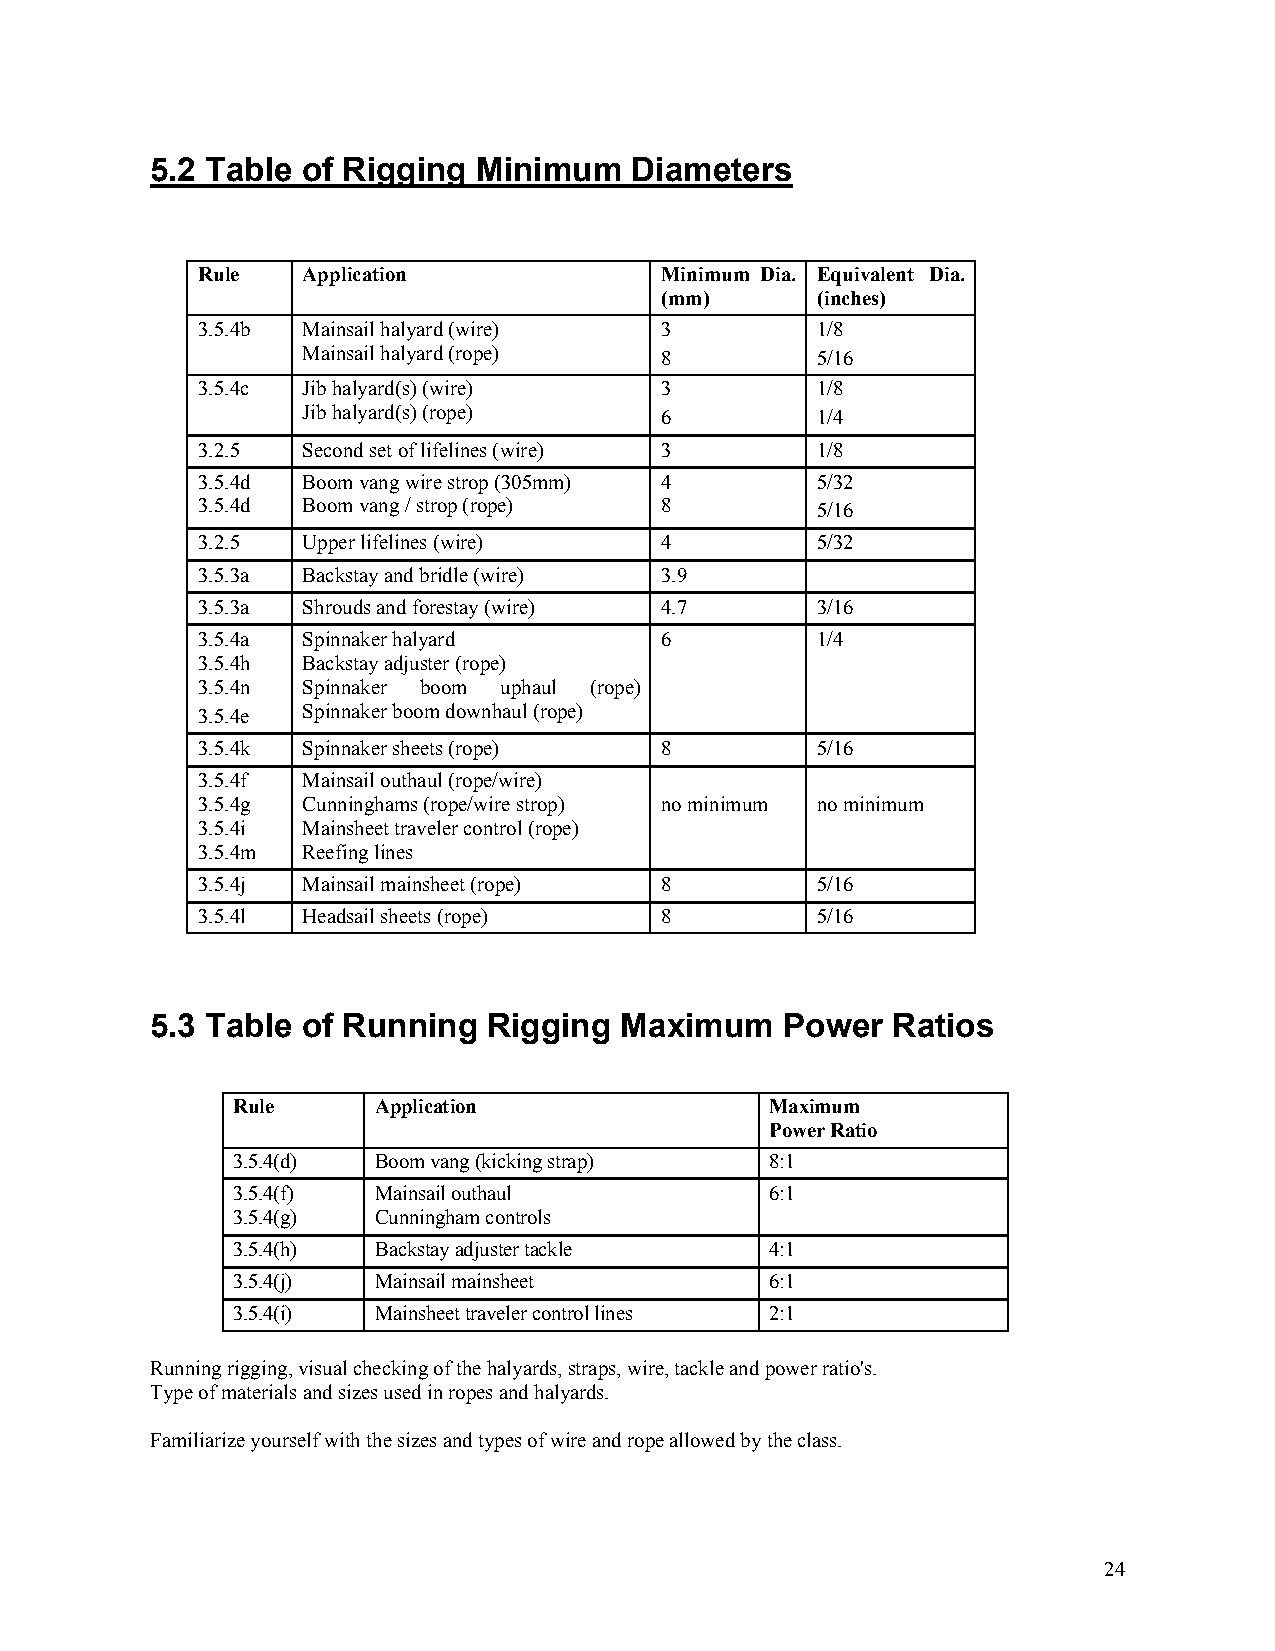
5.2 Table of Rigging  Minimum   Diameters
 Rule   Application             Minimum Dia. Equivalent Dia.
 (mm)      (inches)
 3.5.4b Mainsail halyard (wire) 3         1/8
 Mainsail halyard (rope) 8         5/16
 3.5.4c Jib halyard(s) (wire)   3         1/8
 Jib halyard(s) (rope)   6         1/4
 3.2.5  Second set of lifelines (wire) 3  1/8
 3.5.4d Boom vang wire strop (305mm) 4    5/32
 3.5.4d Boom vang / strop (rope) 8        5/16
 3.2.5  Upper lifelines (wire)  4         5/32
 3.5.3a Backstay and bridle (wire) 3.9
 3.5.3a Shrouds and forestay (wire) 4.7   3/16
 3.5.4a Spinnaker halyard       6         1/4
 3.5.4h Backstay adjuster (rope)
 3.5.4n Spinnaker boom uphaul (rope)
 3.5.4e Spinnaker boom downhaul (rope)
 3.5.4k Spinnaker sheets (rope) 8         5/16
 3.5.4f Mainsail outhaul (rope/wire)
 3.5.4g Cunninghams (rope/wire strop) no minimum no minimum
 3.5.4i Mainsheet traveler control (rope)
 3.5.4m Reefing lines
 3.5.4j Mainsail mainsheet (rope) 8       5/16
 3.5.4l Headsail sheets (rope)  8         5/16
 5.3 Table of Running  Rigging  Maximum    Power  Ratios
 Rule      Application               Maximum
 Power Ratio
 3.5.4(d)  Boom vang (kicking strap) 8:1
 3.5.4(f)  Mainsail outhaul          6:1
 3.5.4(g)  Cunningham controls
 3.5.4(h)  Backstay adjuster tackle  4:1
 3.5.4(j)  Mainsail mainsheet        6:1
 3.5.4(i)  Mainsheet traveler control lines 2:1
 Running rigging, visual checking of the halyards, straps, wire, tackle and power ratio's.
 Type of materials and sizes used in ropes and halyards.
 Familiarize yourself with the sizes and types of wire and rope allowed by the class.
 24